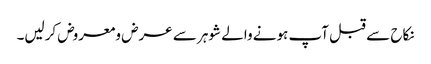
نکاح سے قبل آپ ہونے والے شوہر سے عرض ومعروض کرلیں۔